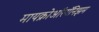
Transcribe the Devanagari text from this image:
मायक्रोऑरगॅनिझम